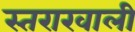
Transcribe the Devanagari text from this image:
स्तराखाली